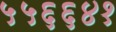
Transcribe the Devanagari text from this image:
५५६६४१